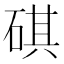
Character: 䃆